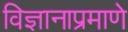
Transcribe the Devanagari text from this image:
विज्ञानाप्रमाणे